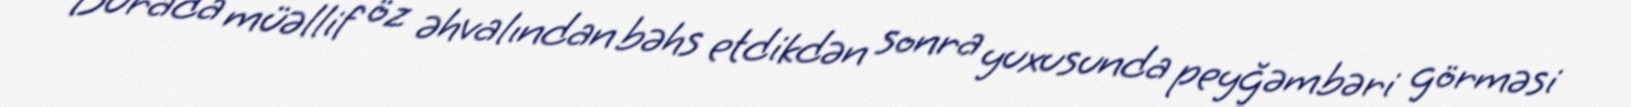
Burada müəllif öz əhvalından bəhs etdikdən sonra yuxusunda peyğəmbəri görməsi